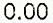
0.00